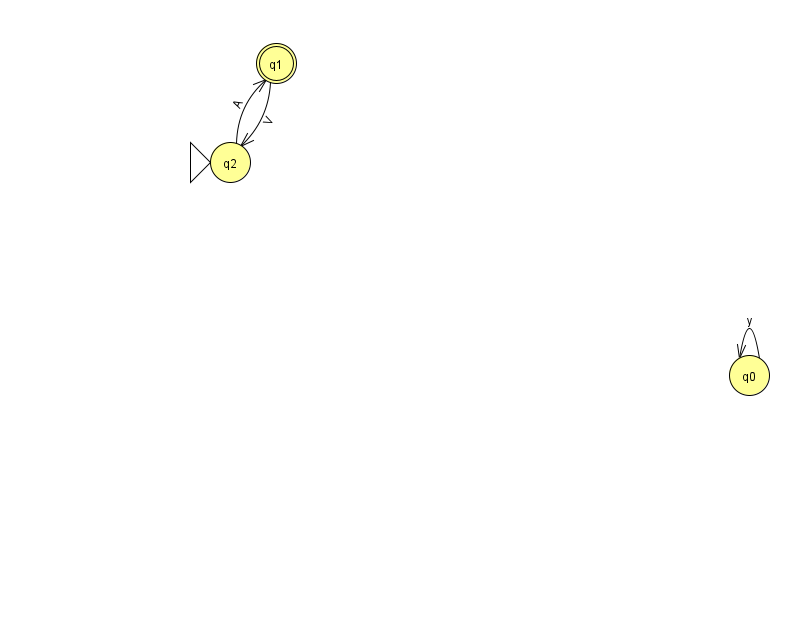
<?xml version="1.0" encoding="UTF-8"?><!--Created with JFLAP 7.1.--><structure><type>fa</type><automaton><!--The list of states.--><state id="0" name="q0"><x>749.0</x><y>362.0</y></state><state id="1" name="q1"><x>276.0</x><y>50.0</y><final/></state><state id="2" name="q2"><x>230.0</x><y>149.0</y><initial/></state><!--The list of transitions.--><transition><from>1</from><to>2</to><read>V</read></transition><transition><from>2</from><to>1</to><read>A</read></transition><transition><from>0</from><to>0</to><read>y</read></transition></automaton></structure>